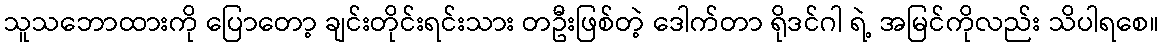
သူသဘောထားကို ပြောတော့ ချင်းတိုင်းရင်းသား တဦးဖြစ်တဲ့ ဒေါက်တာ ရိုဒင်ဂါ ရဲ့ အမြင်ကိုလည်း သိပါရစေ။